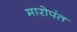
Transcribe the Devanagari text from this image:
मारोपंत